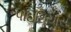
પાઇથિયાસ